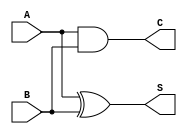
module top(A,B,C,S);
	input A, B;
	output C, S;

	assign S = A ^ B;
    assign C = A & B;

endmodule